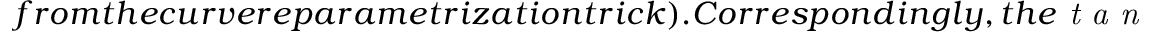
f r o m t h e c u r v e r e p a r a m e t r i z a t i o n t r i c k ) . C o r r e s p o n d i n g l y , t h e \emph { t a n g e n t s p a c e } t o